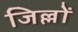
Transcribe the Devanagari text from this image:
जिल्लों